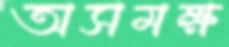
অসমক্ষ